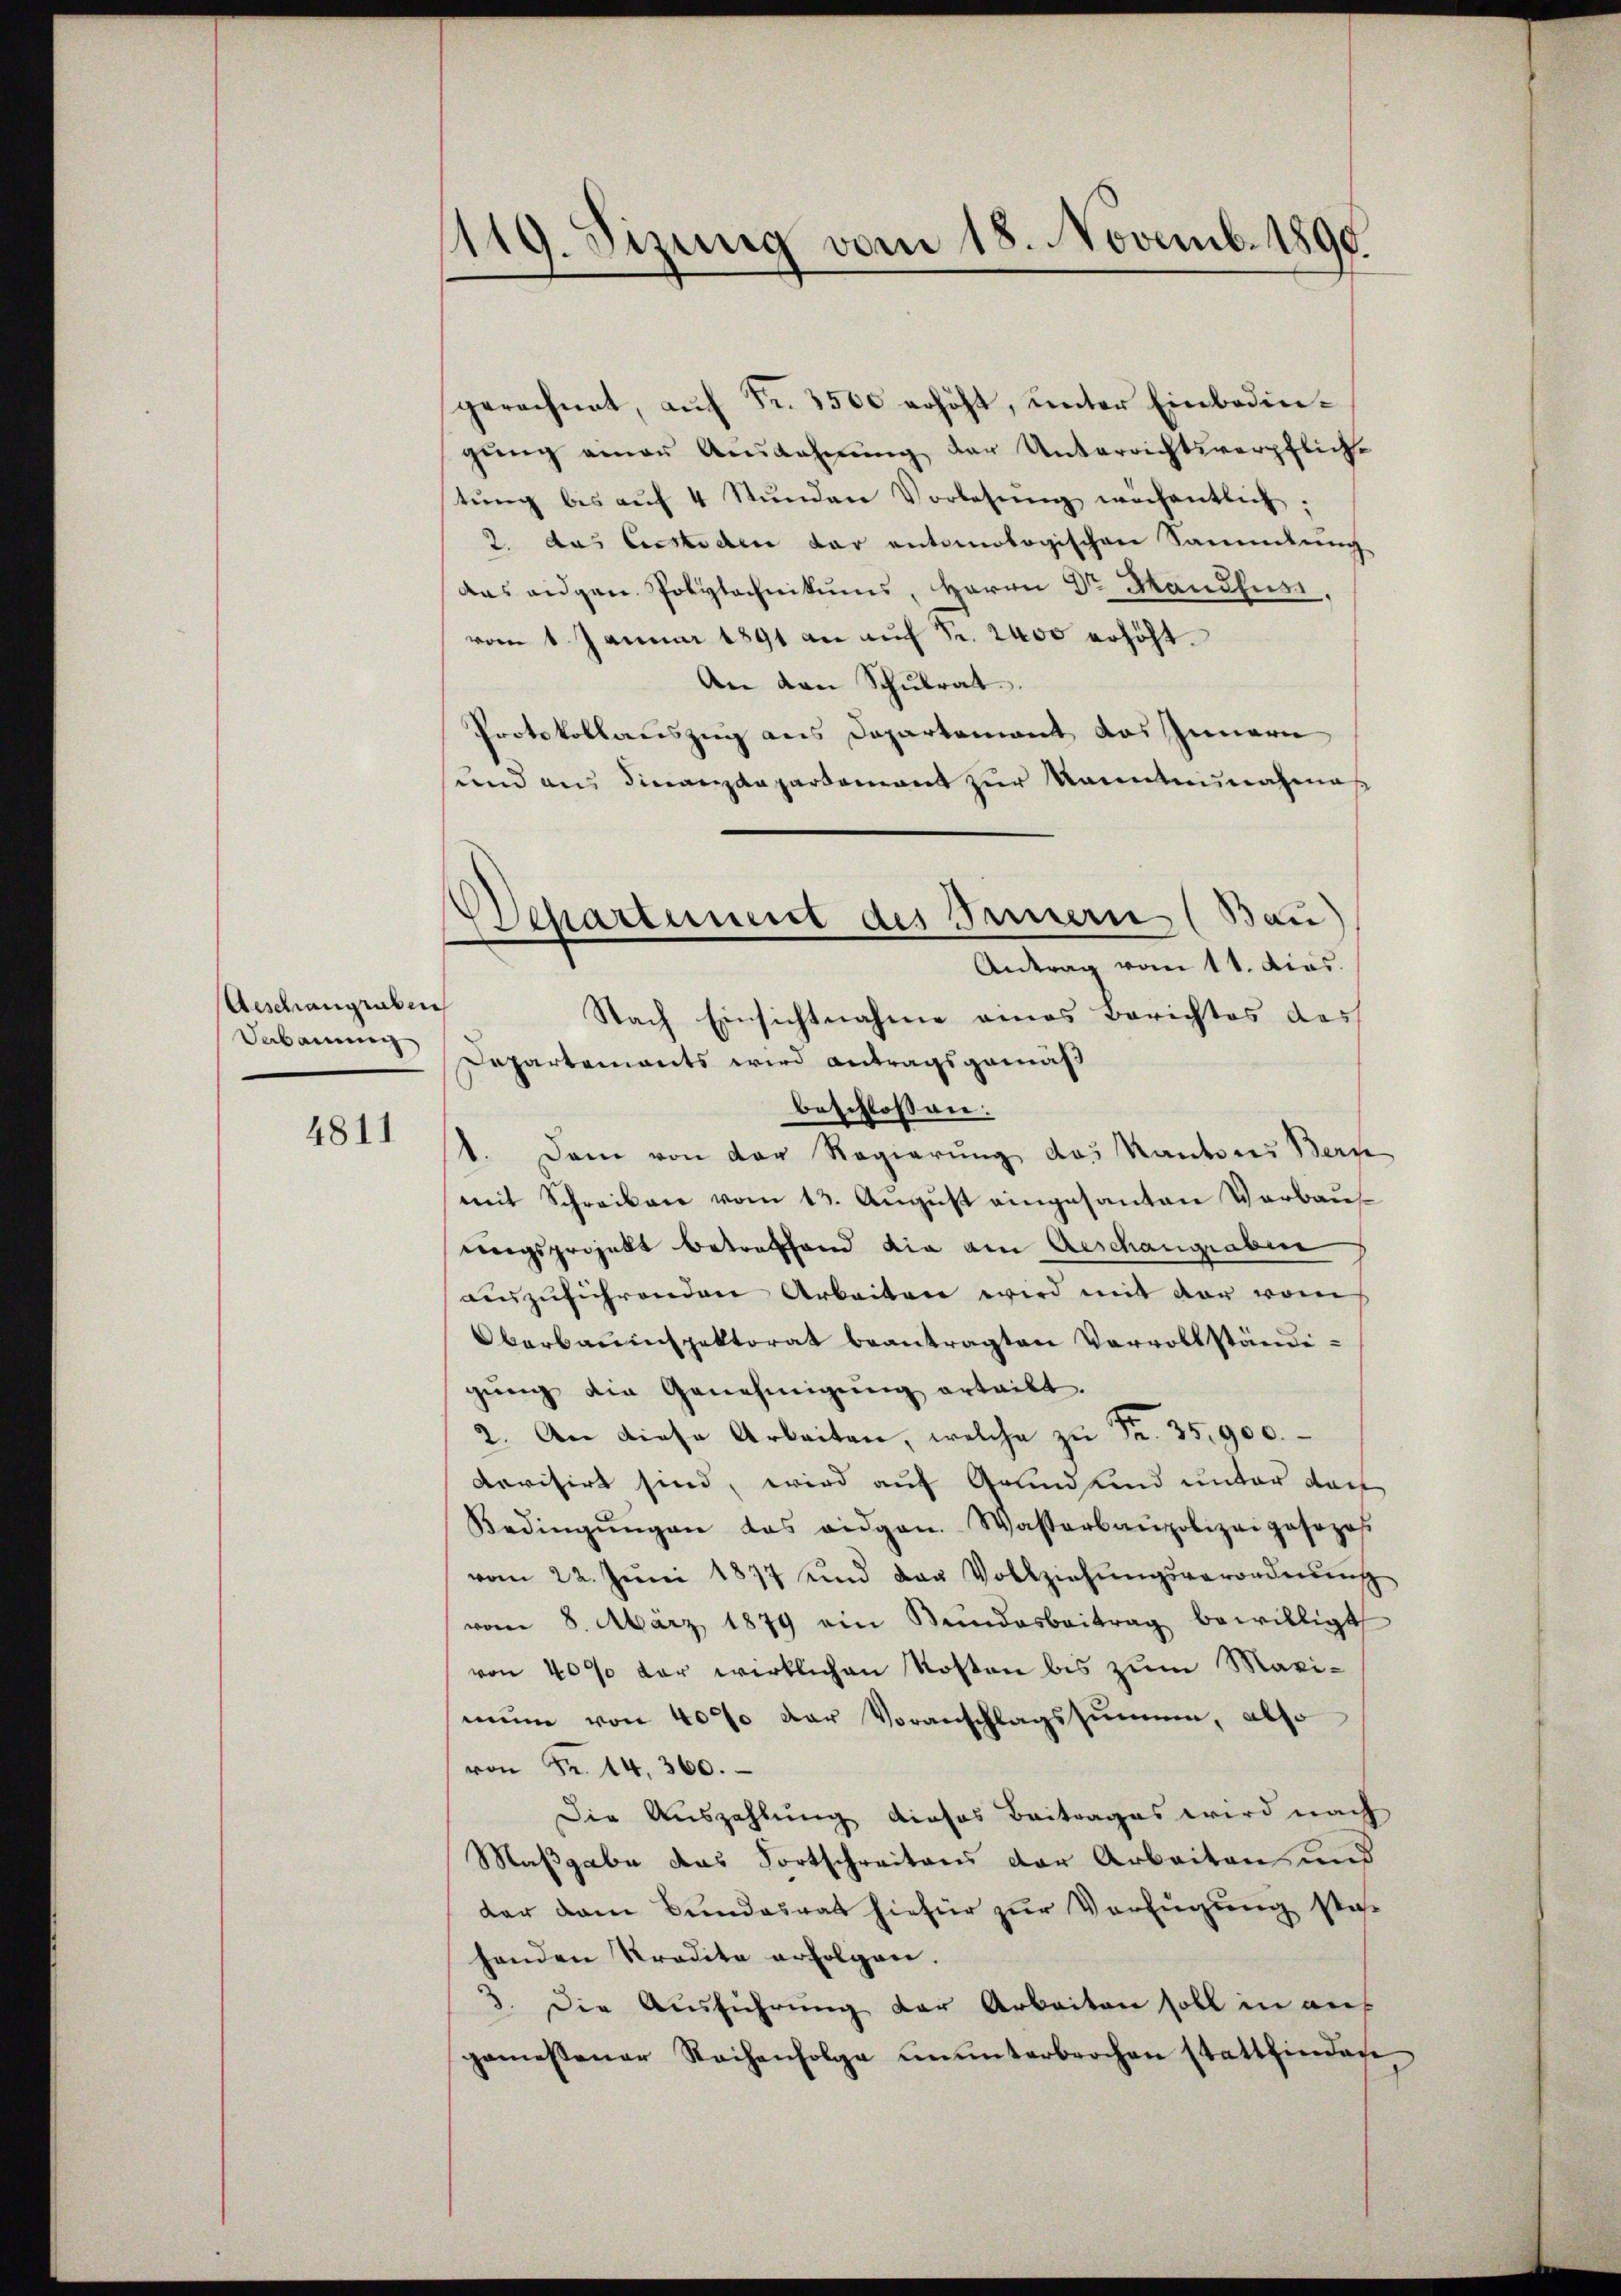
Aeschaugraben
Sabauung

4811

1119. Sizung vom 18. Novemb. 1890.

Departement des Innern (Bau)
Antrag vom 11. dies

gerechnet, auf Fr. 3500 erhöht, unter Einbedingŭng einer Aŭszahnŭng der Unterrichtsverpflich-
tŭng bis aŭf 4 Stŭnden Vorlesung wöchentlich:
2. das Cessiden der antinologischen Sammlung
das eidgen. Polytechnikums, Herrn Dr Mandlus
vom 1. Januar 1891 an auf Fr. 2400 erhöht.
An den Schulrat.
Protokollauszug aus Departement das Innern
sund aus Finanzdepartement zur kanntennahmaß
Nach Einsichtnahme eines Berichtes des
Departements wird antragsgemäß
beschlossen:
1. Dann von der Regierŭng des Kantons Bern
mit Schreiben vom 13. Aŭgŭst eingesanten Verbau
ungsprojekt betreffend die am Aeschaugraben
auszuführenden Arbeiten wird mit der vom
Oberbauinspektorat beantragten Vervollständi-
gung die Genehmigung erteilt.
2. An diese Arbeiten, welche zŭ Fr. 35,900.
devisirt sind, wird auf Grundkind unter dan
Bedingŭngen das eidgen. Wasserbaupolizeiposozoβ
vom 22. Jŭni 1877 und das Vollziehŭngsverordnŭng
vom 8. März 1879 ein Bŭndesbeitrag bewilligt
von 40% der wirklichen Kosten bis zum Maximŭng von 4000 der Voranschlagssumme, also
von Fr. 14. 360.
Die Auszahlung dieses Beitrages wird nach
Maßgabe das Fortschreitens der Arbeiten und
dar vom Bundesrat hiefür zur Verfügung sta
henden Tradita erfolgen.
3. Die Ausführung der Arbeiten soll in auf
gemessener Reihenfolge ununterbrochen stattfinden